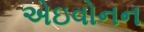
એઇવોનન